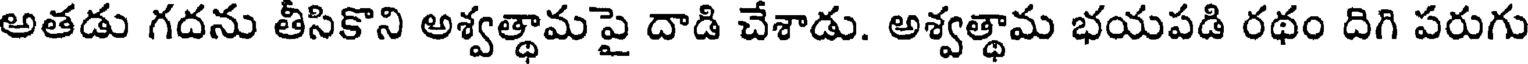
అతడు గదను తీసికొని అశ్వత్థామపై దాడి చేశాడు. అశ్వత్థామ భయపడి రథం దిగి పరుగు